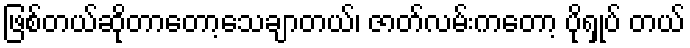
ဖြစ်တယ်ဆိုတာတော့သေချာတယ်၊ ဇာတ်လမ်းကတော့ ပိုရှုပ် တယ်